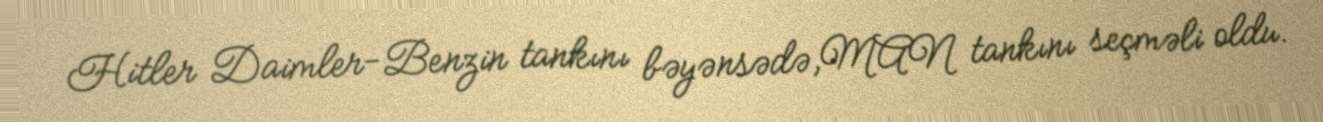
Hitler Daimler-Benzin tankını bəyənsədə,MAN tankını seçməli oldu.